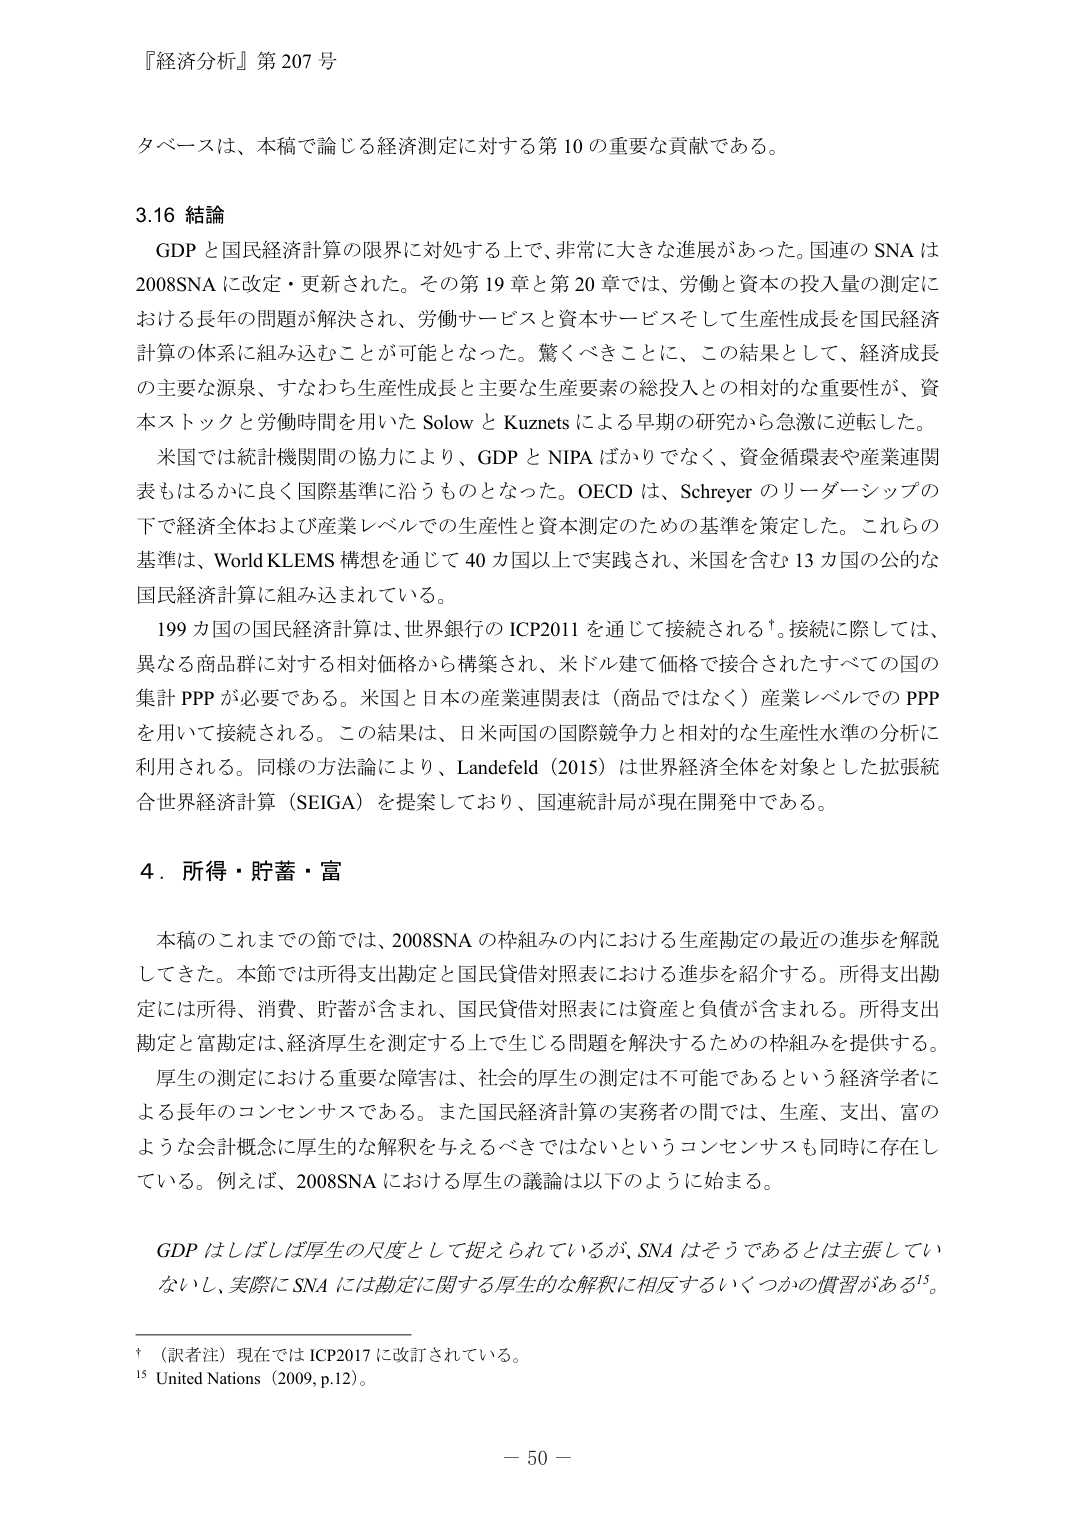
『経済分析』第 207 号

ターベースは、本稿で論じる経済測定に対する第 10 の重要な貢献である。

3.16 結論
GDP と国民経済計算の限界に対処する上で、非常に大きな進展があった。国連の SNA は 2008SNA に改定・更新された。その第 19 章と第 20 章では、労働と資本の投入量の測定における長年の問題が解決され、労働サービスと資本サービスそして生産性成長を国民経済計算の体系に組み込むことが可能となった。驚くべきことに、この結果として、経済成長の主要な源泉、すなわち生産性成長と主要な生産要素の総投入との相対的な重要性が、資本ストックと労働時間を用いた Solow と Kuznets による早期の研究から急激に逆転した。
米国では統計機関間の協力により、GDP と NIPA ばかりでなく、資金循環表や産業連関表もはるかに良く国際基準に沿うものとなった。OECD は、Schreyer のリーダーシップの下で経済全体および産業レベルでの生産性と資本測定のための基準を策定した。これらの基準は、World KLEMS 想定を通じて 40 カ国以上で実践され、米国を含む 13 カ国の公的な国民経済計算に組み込まれている。
199 カ国の国民経済計算は、世界銀行の ICP2011 を通じて接続される†。接続に際しては、異なる商品群に対する相対価格から構築され、米ドル建て価格で接合されたすべての国の集計 PPP が必要である。米国と日本の産業連関表は（商品ではなく）産業レベルでの PPP を用いて接続される。この結果は、日米両国の国際競争力と相対的な生産性水準の分析に利用される。同様の方法論により、Landeefeld（2015）は世界経済全体を対象とした拡張統合世界経済計算（SEIGA）を提案しており、国連統計局が現在開発中である。

4．所得・貯蓄・富
本稿のこれまでの節では、2008SNA の枠組みの内における生産勘定の最近の進歩を解説してきた。本節では所得支出勘定と国民貸借対照表における進歩を紹介する。所得支出勘定には所得、消費、貯蓄が含まれ、国民貸借対照表には資産と負債が含まれる。所得支出勘定と富勘定は、経済厚生を測定する上で生じる問題を解決するための枠組みを提供する。
厚生の測定における重要な障害は、社会的厚生の測定は不可能であるという経済学者による長年のコンセンサスである。また国民経済計算の実務者の間では、生産、支出、富のような会計概念に厚生的な解釈を与えるべきではないというコンセンサスも同時に存在している。例えば、2008SNA における厚生の議論は以下のように始まる。
GDP はしばしば厚生の尺度として捉えられているが、SNA はそうであるとは主張していないし、実際に SNA には勘定に関する厚生的な解釈に相反するいくつかの慣習がある¹⁵。

†（訳者注）現在では ICP2017 に改訂されている。
¹⁵ United Nations（2009, p.12）。

－ 50 －